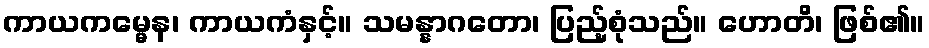
ကာယကမ္မေန၊ ကာယကံနှင့်။ သမန္နာဂတော၊ ပြည့်စုံသည်။ ဟောတိ၊ ဖြစ်၏။